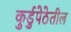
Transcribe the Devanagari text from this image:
कुर्डुपेठेतील